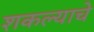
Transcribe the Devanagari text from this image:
शकल्याचे